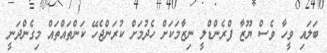
ބަލައި ވީހާ ވެސް ޔޫޒާ ފްރެންޑްލީ ނިޒާމަކަށް ހެދުމަށް ކުރަންޖެހޭ ކަންތައްތައް މިގެންދަނީ